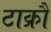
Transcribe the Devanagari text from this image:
टाक्रौ